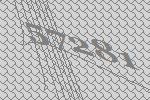
57281